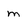
Character: m